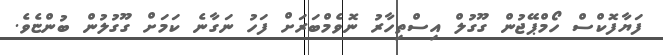
ފަޔާފޮކްސް ހޯމްޕޭޖުން ގޫގުލް އިސްތިހާރު ނޮވެމްބަރަށް ފަހު ނަގާނެ ކަމަށް ގޫގުލުން ބުންޏެވެ.